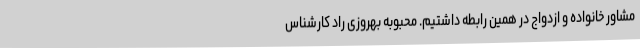
مشاور خانواده و ازدواج در همین رابطه داشتیم. محبوبه بهروزی راد کارشناس